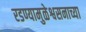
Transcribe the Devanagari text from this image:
रडण्यामुळेश्वसनाच्या